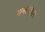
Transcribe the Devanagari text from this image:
चमत्मकार